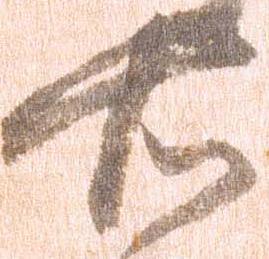
右